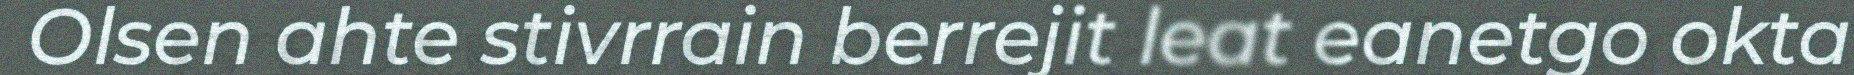
Olsen ahte stivrrain berrejit leat eanetgo okta